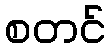
စတင်